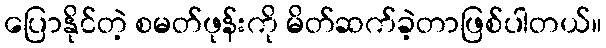
ပြောနိုင်တဲ့ စမတ်ဖုန်းကို မိတ်ဆက်ခဲ့တာဖြစ်ပါတယ်။